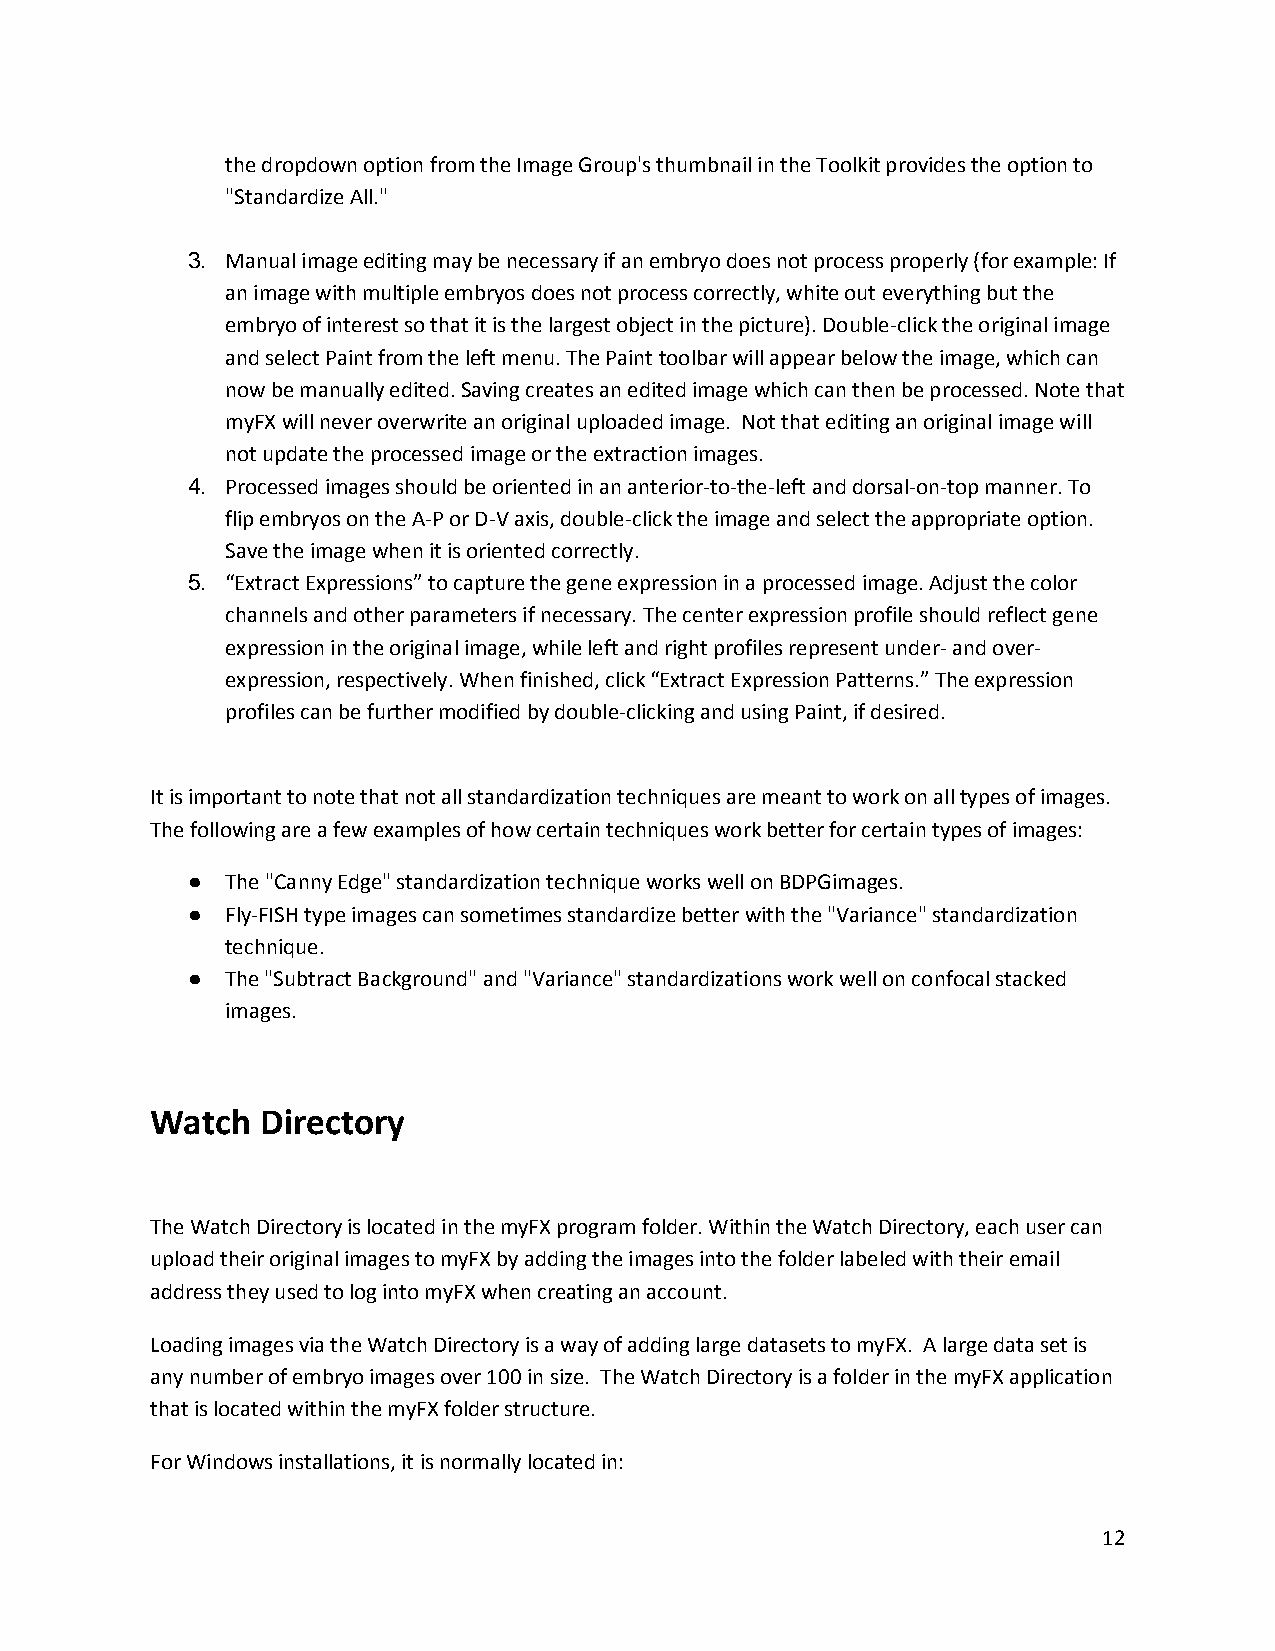
the dropdown option from the Image Group's thumbnail in the Toolkit provides the option to
 "Standardize All."
 3. Manual image editing may be necessary if an embryo does not process properly (for example: If
 an image with multiple embryos does not process correctly, white out everything but the
 embryo of interest so that it is the largest object in the picture). Double-click the original image
 and select Paint from the left menu. The Paint toolbar will appear below the image, which can
 now be manually edited. Saving creates an edited image which can then be processed. Note that
 myFX will never overwrite an original uploaded image. Not that editing an original image will
 not update the processed image or the extraction images.
 4. Processed images should be oriented in an anterior-to-the-left and dorsal-on-top manner. To
 flip embryos on the A-P or D-V axis, double-click the image and select the appropriate option.
 Save the image when it is oriented correctly.
 5. “Extract Expressions” to capture the gene expression in a processed image. Adjust the color
 channels and other parameters if necessary. The center expression profile should reflect gene
 expression in the original image, while left and right profiles represent under- and over-
 expression, respectively. When finished, click “Extract Expression Patterns.” The expression
 profiles can be further modified by double-clicking and using Paint, if desired.
 It is important to note that not all standardization techniques are meant to work on all types of images.
 The following are a few examples of how certain techniques work better for certain types of images:
 ●  The "Canny Edge" standardization technique works well on BDPGimages.
 ●  Fly-FISH type images can sometimes standardize better with the "Variance" standardization
 technique.
 ●  The "Subtract Background" and "Variance" standardizations work well on confocal stacked
 images.
 Watch  Directory
 The Watch Directory is located in the myFX program folder. Within the Watch Directory, each user can
 upload their original images to myFX by adding the images into the folder labeled with their email
 address they used to log into myFX when creating an account.
 Loading images via the Watch Directory is a way of adding large datasets to myFX. A large data set is
 any number of embryo images over 100 in size. The Watch Directory is a folder in the myFX application
 that is located within the myFX folder structure.
 For Windows installations, it is normally located in:
 12